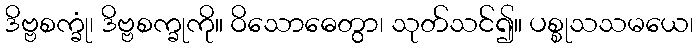
ဒိဗ္ဗစက္ခုံ၊ ဒိဗ္ဗစက္ခုကို။ ဝိသောဓေတွာ၊ သုတ်သင်၍။ ပစ္စုသသမယေ၊